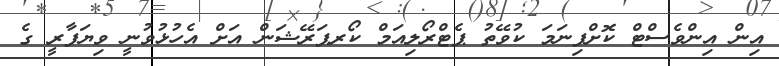
އިން އިންވެސްޓް ކޮށްފިނަމަ ކުވޭތު ޕެޓްރޯލިއަމް ކޯރޕަރޭޝަން އަށް އެހުޅުވުނީ ވިޔަފާރީ ގެ